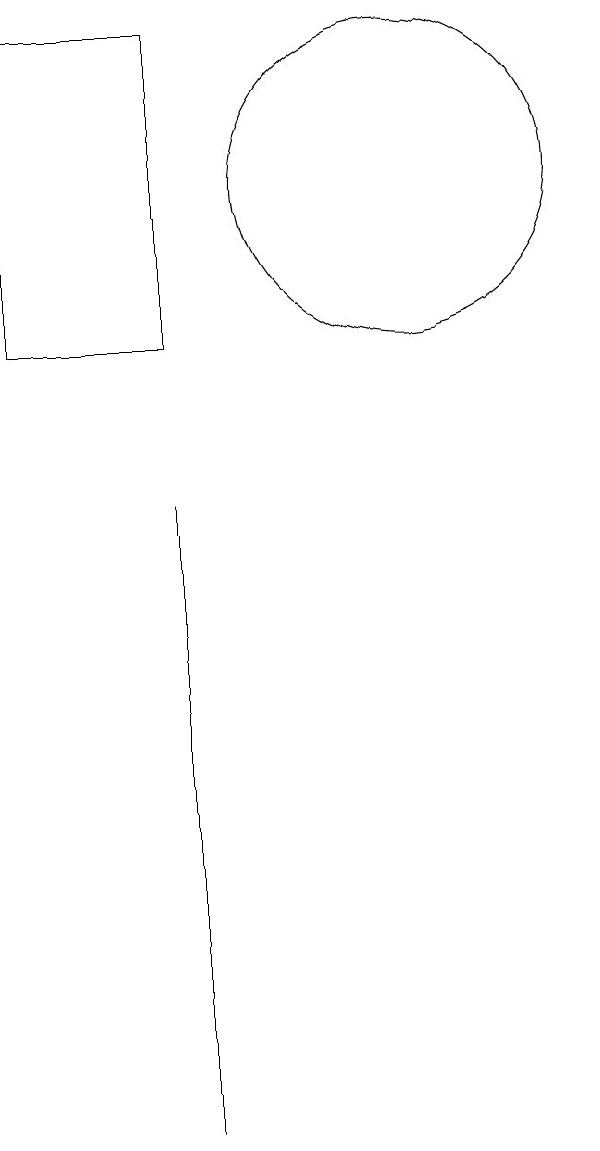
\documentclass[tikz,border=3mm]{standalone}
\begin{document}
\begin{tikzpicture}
\draw (8,10) rectangle (6,14);
\draw (8,0) -- (8,8) -- (8,5) -- cycle;
\draw (11,12) circle (2);
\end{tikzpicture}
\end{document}